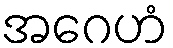
အဂေဟံ